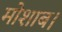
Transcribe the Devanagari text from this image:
मोशाब।